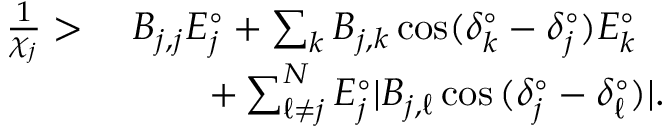
\begin{array} { r l } { \frac { 1 } { \chi _ { j } } > \; } & { B _ { j , j } E _ { j } ^ { \circ } + \sum _ { k } B _ { j , k } \cos ( \delta _ { k } ^ { \circ } - \delta _ { j } ^ { \circ } ) E _ { k } ^ { \circ } } \\ & { \qquad + \sum _ { \ell \neq j } ^ { N } E _ { j } ^ { \circ } | B _ { j , \ell } \cos { ( \delta _ { j } ^ { \circ } - \delta _ { \ell } ^ { \circ } ) } | . } \end{array}